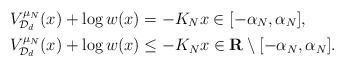
LaTeX: \begin{align*}& V_{\mathcal{D}_{d}}^{\mu_{N}}(x) + \log w(x) = -K_{N} x \in [-\alpha_{N}, \alpha_{N}], \\& V_{\mathcal{D}_{d}}^{\mu_{N}}(x) + \log w(x) \leq -K_{N} x \in \mathbf{R} \setminus [-\alpha_{N}, \alpha_{N}]. \end{align*}